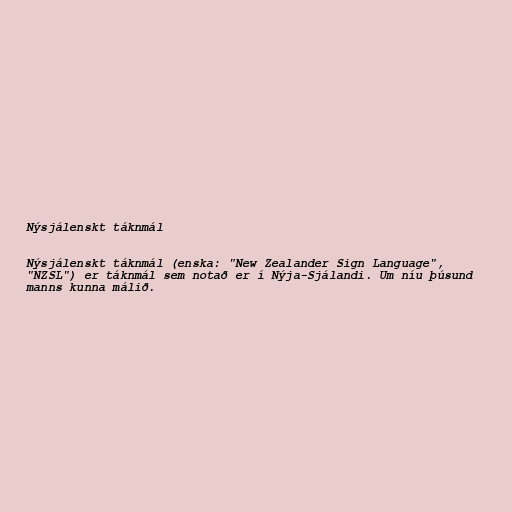
Nýsjálenskt táknmál

Nýsjálenskt táknmál (enska: "New Zealander Sign Language",
"NZSL") er táknmál sem notað er í Nýja-Sjálandi. Um níu þúsund
manns kunna málið.